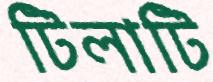
টিলাটি